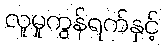
လူမှုကွန်ရက်နှင့်